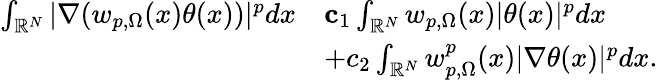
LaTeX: \begin{array}{rl}{\int_{\mathbb{R}^{N}}|\nabla(w_{p,\Omega}(x)\theta(x))|^{p}dx}&{\le c_{1}\int_{\mathbb{R}^{N}}w_{p,\Omega}(x)|\theta(x)|^{p}dx}\\ &{+c_{2}\int_{\mathbb{R}^{N}}w_{p,\Omega}^{p}(x)|\nabla\theta(x)|^{p}dx.}\end{array}